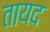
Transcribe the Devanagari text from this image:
तायद